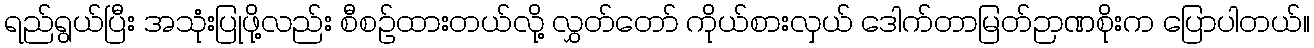
ရည်ရွယ်ပြီး အသုံးပြုဖို့လည်း စီစဉ်ထားတယ်လို့ လွှတ်တော် ကိုယ်စားလှယ် ဒေါက်တာမြတ်ဉာဏစိုးက ပြောပါတယ်။